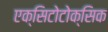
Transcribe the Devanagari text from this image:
एक्सिटोटोक्सिक